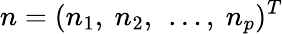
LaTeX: n=(n_{1},\ n_{2},\ \ldots,\ n_{p})^{T}